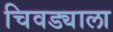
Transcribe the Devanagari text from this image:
चिवड्याला